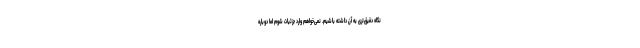
نگاه دقیق‌تری به آن داشته باشیم. نمی‌خواهم وارد جزئیات شوم اما دوباره